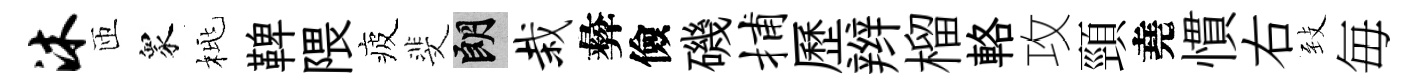
沐匝衆桃鞞隈疲斐朗栽彜儉磯捕歷辫榴輅攻頸堯慣右𦤺毎